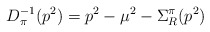
\begin{align*}D_{\pi }^{-1}(p^{2})=p^{2}-\mu ^{2}-\Sigma _{R}^{\pi }(p^{2})\end{align*}